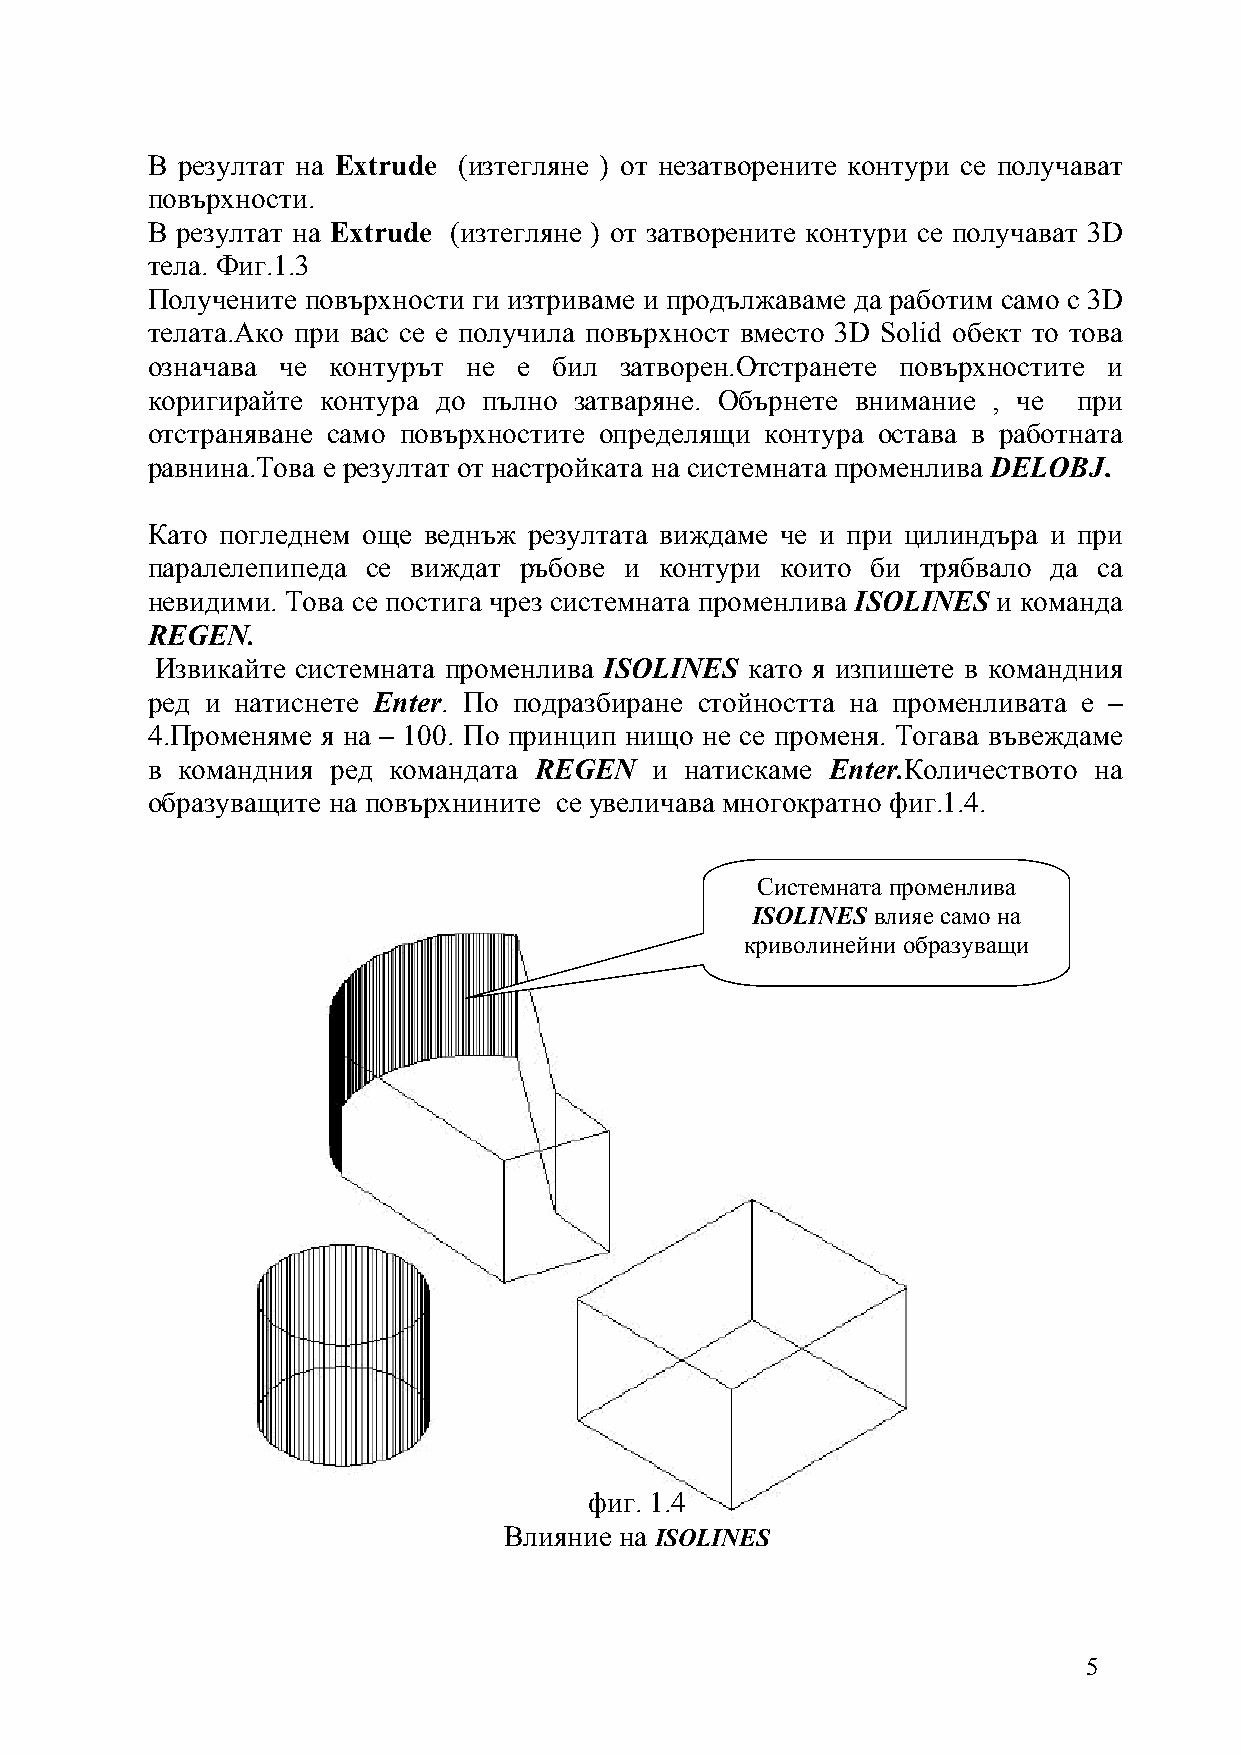
В резултат на Extrude (изтегляне ) от незатворените контури се получават
 повърхности.
 В резултат на Extrude (изтегляне ) от затворените контури се получават 3D
 тела. Фиг.1.3
 Получените повърхности ги изтриваме и продължаваме да работим само с 3D
 телата.Ако при вас се е получила повърхност вместо 3D Solid обект то това
 означава че контурът не е  бил затворен.Отстранете повърхностите и
 коригирайте контура до пълно затваряне. Обърнете внимание , че при
 отстраняване само повърхностите определящи контура остава в работната
 равнина.Това е резултат от настройката на системната променлива DELOBJ.
 Като погледнем още веднъж резултата виждаме че и при цилиндъра и при
 паралелепипеда се виждат ръбове и контури които би трябвало да са
 невидими. Това се постига чрез системната променлива ISOLINES и команда
 REGEN.
 Извикайте системната променлива ISOLINES като я изпишете в командния
 ред и натиснете Enter. По подразбиране стойността на променливата е –
 4.Променяме я на – 100. По принцип нищо не се променя. Тогава въвеждаме
 в командния ред командата REGEN  и натискаме Enter.Количеството на
 образуващите на повърхнините се увеличава многократно фиг.1.4.
 Системната променлива
 ISOLINES влияе само на
 криволинейни образуващи
 фиг. 1.4
 Влияние на ISOLINES
 5